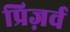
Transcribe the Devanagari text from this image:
प्रिज़र्व